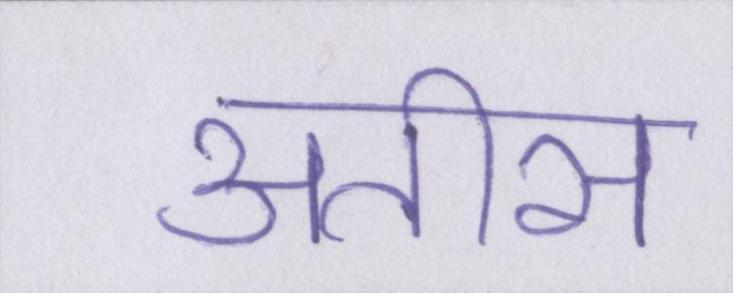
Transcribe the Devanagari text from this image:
अतीस